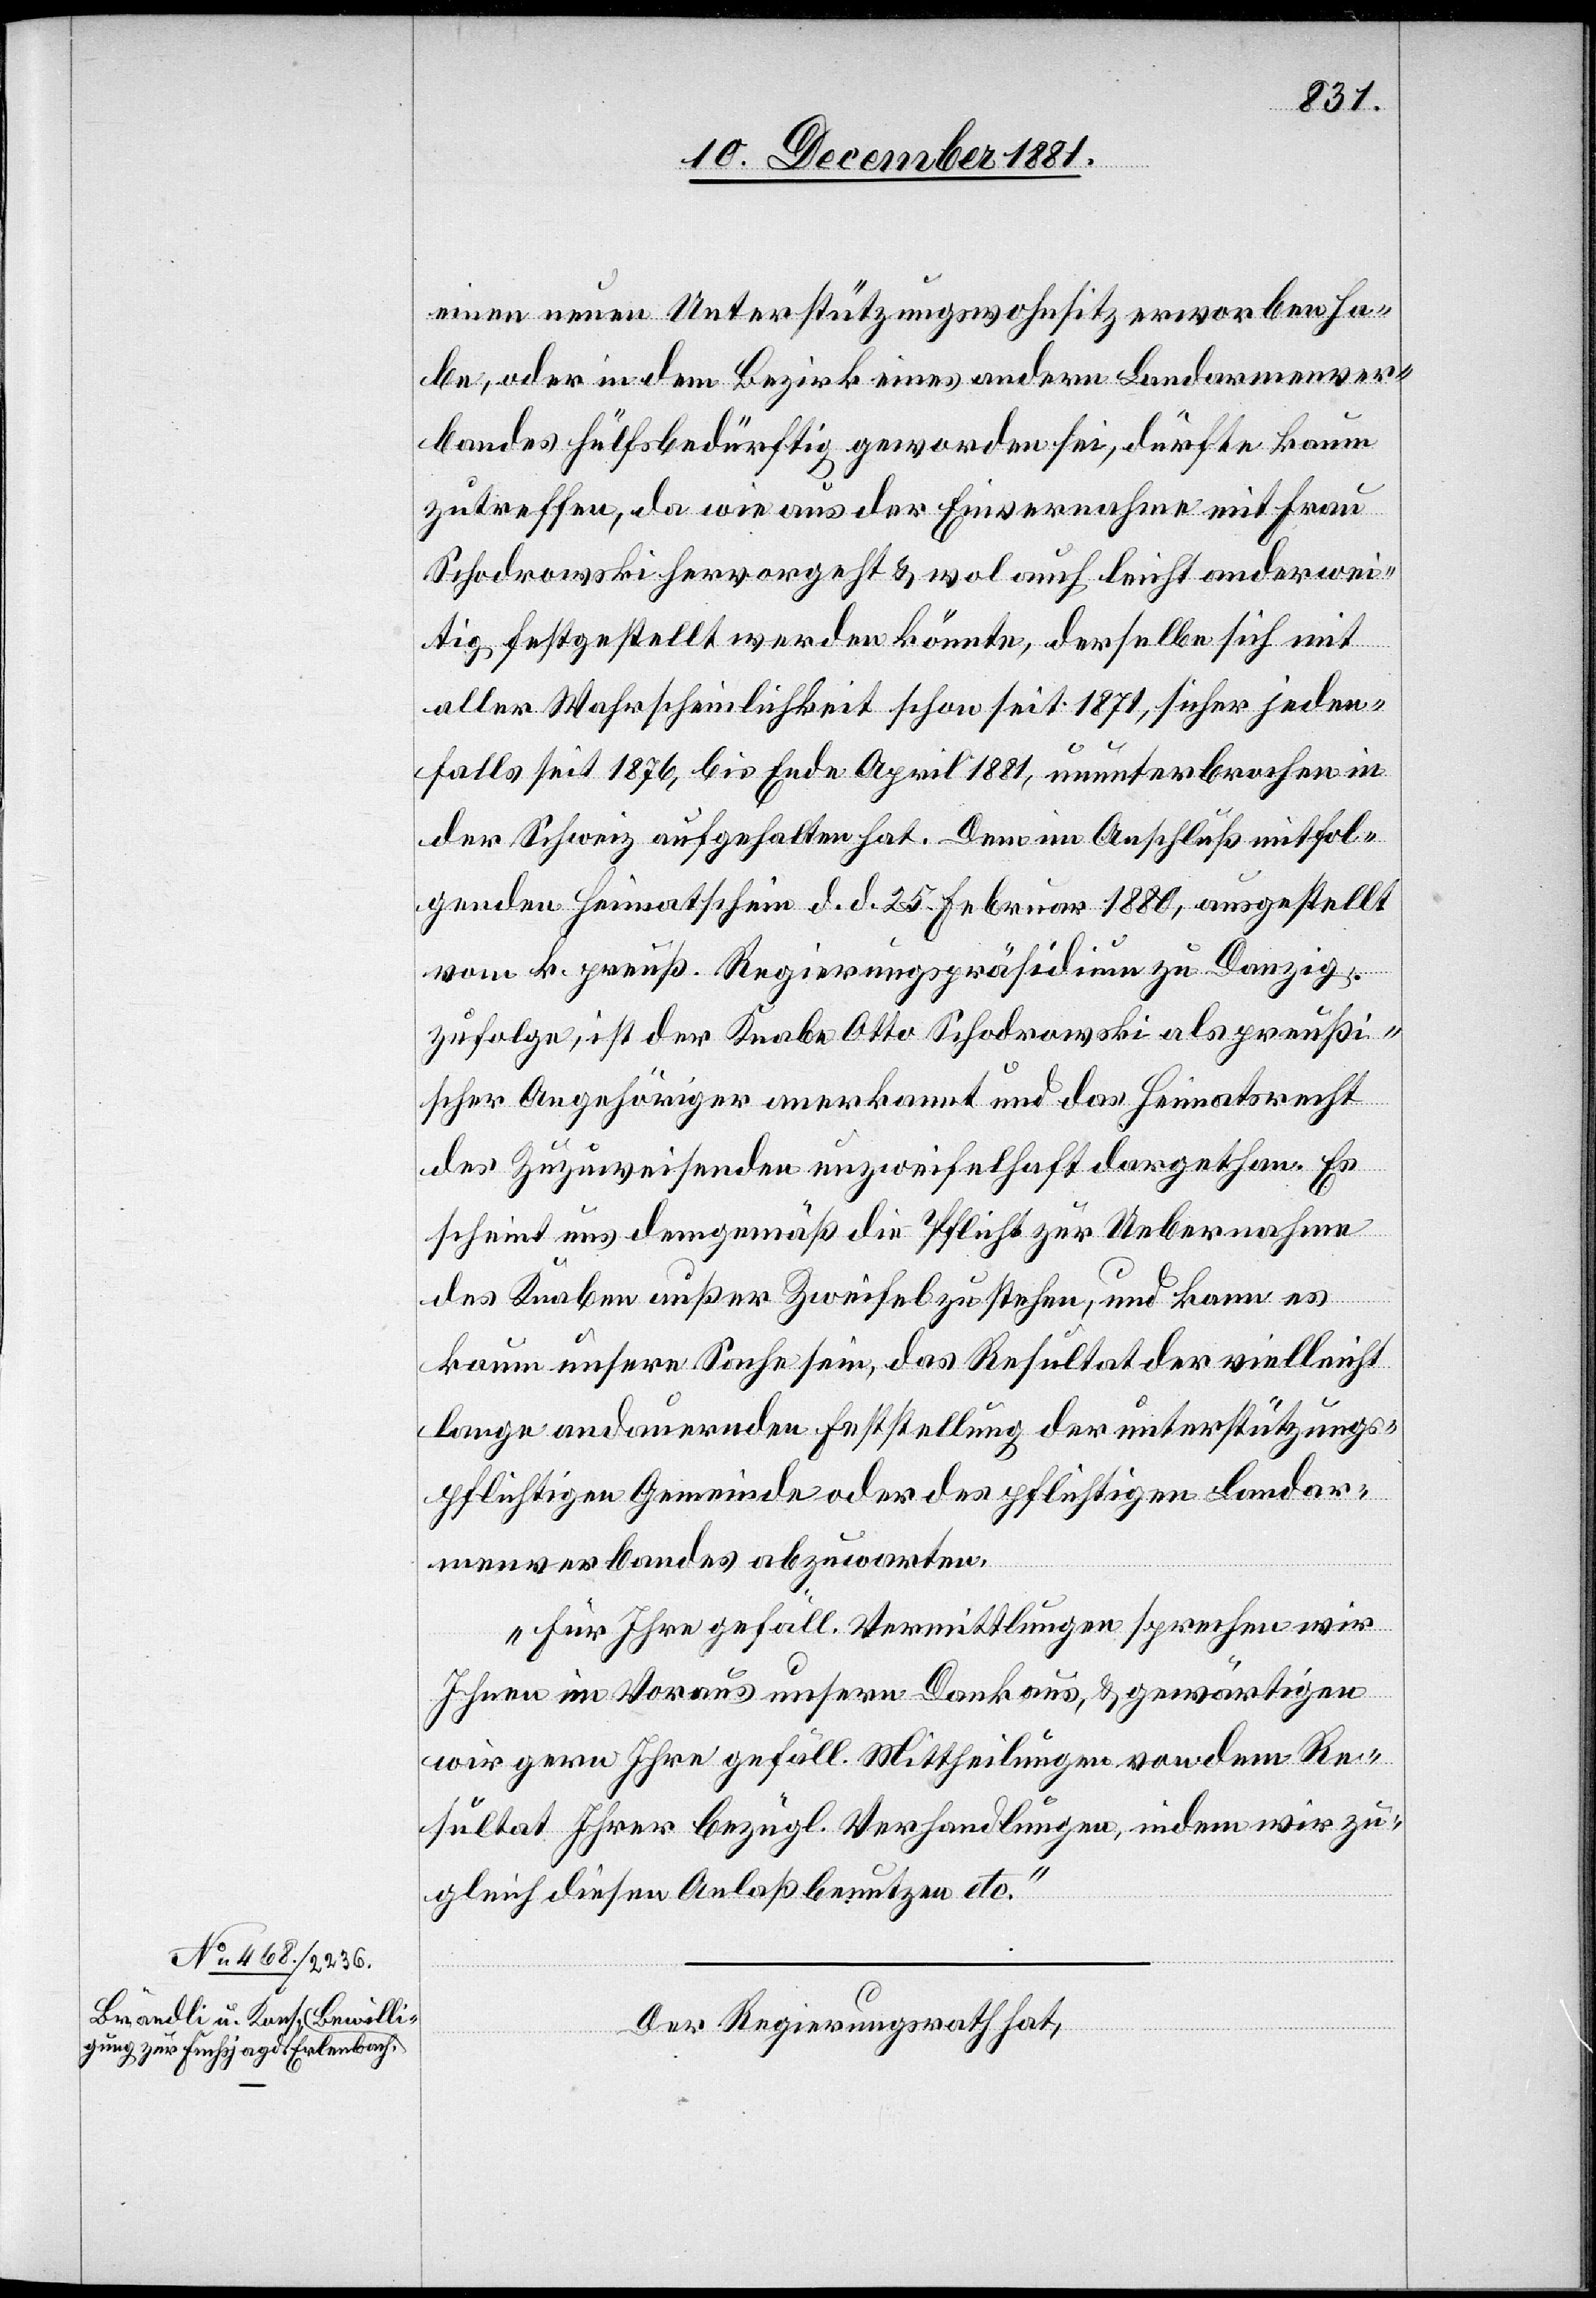
einen neuen Unterstützungswohnsitz erworben ha¬
be, oder in dem Bezirk eines andern Landarmenver¬
bandes hülfsbedürftig geworden sei, dürfte kaum
zutreffen, da wie aus der Einvernahme mit Frau
Schodrowski hervorgeht & wol auch leicht anderwei¬
tig festgestellt werden könnte, derselbe sich mit
aller Wahrscheinlichkeit schon seit 1871, sicher jeden¬
falls seit 1876, bis Ende April 1881, ununterbrochen in
der Schweiz aufgehalten hat. Dem im Anschluß mitfol¬
genden Heimatschein d. d. 25. Februar 1880, ausgestellt
vom k. preuß. Regierungspräsidium zu Danzig
zufolge, ist der Knabe Otto Schodrowski als preußi¬
scher Angehöriger anerkannt und das Heimatsrecht
des Zuzuweisenden unzweifelhaft dargethan. Es
scheint uns demgemäß die Pflicht zur Uebernahme
des Knaben außer Zweifel zu stehen, und kann es
kaum unsere Sache sein, das Resultat der vielleicht
lange andauernden Feststellung der unterstützungs¬
pflichtigen Gemeinde oder des pflichtigen Landar¬
menverbandes abzuwarten.
Für Ihre gefäll. Vermittlungen sprechen wir
Ihnen im Voraus unsern Dank aus, & gewärtigen
wir gern Ihre gefäll. Mittheilungen von dem Re¬
sultat Ihrer bezügl. Verhandlungen, indem wir zu¬
gleich diesen Anlaß benutzen etc.“
Der Regierungsrath hat,